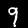
Digit: 9